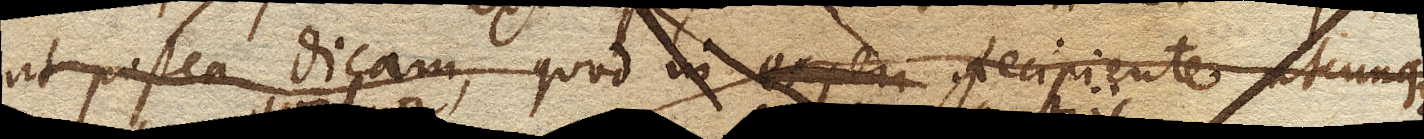
ut postea dicam, quod in Recipiente utcunque